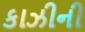
કાઝીની